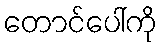
တောင်ပေါ်ကို